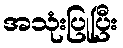
အသုံးပြုပြီး